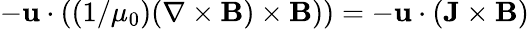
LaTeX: -\mathbf{u}\cdot\left((1/\mu_{0})(\nabla\times\mathbf{B})\times\mathbf{B})\right)=-\mathbf{u}\cdot(\mathbf{J}\times\mathbf{B})